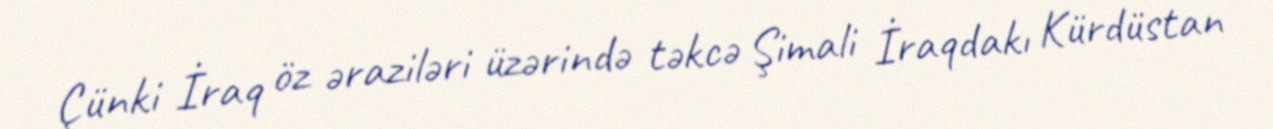
Çünki İraq öz əraziləri üzərində təkcə Şimali İraqdakı Kürdüstan